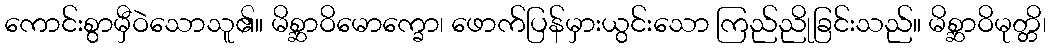
ကောင်းစွာမှီဝဲသောသူ၏။ မိစ္ဆာဝိမောက္ခော၊ ဖောက်ပြန်မှားယွင်းသော ကြည်ညိုခြင်းသည်။ မိစ္ဆာဝိမုတ္တိ၊